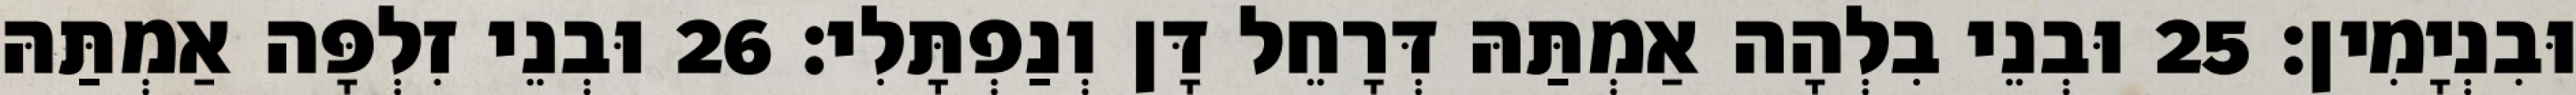
וּבִנְיָמִין׃ 25 וּבְנֵי בִלְהָה אַמְתַּהּ דְּרָחֵל דָּן וְנַפְתָּלִי׃ 26 וּבְנֵי זִלְפָּה אַמְתַּהּ